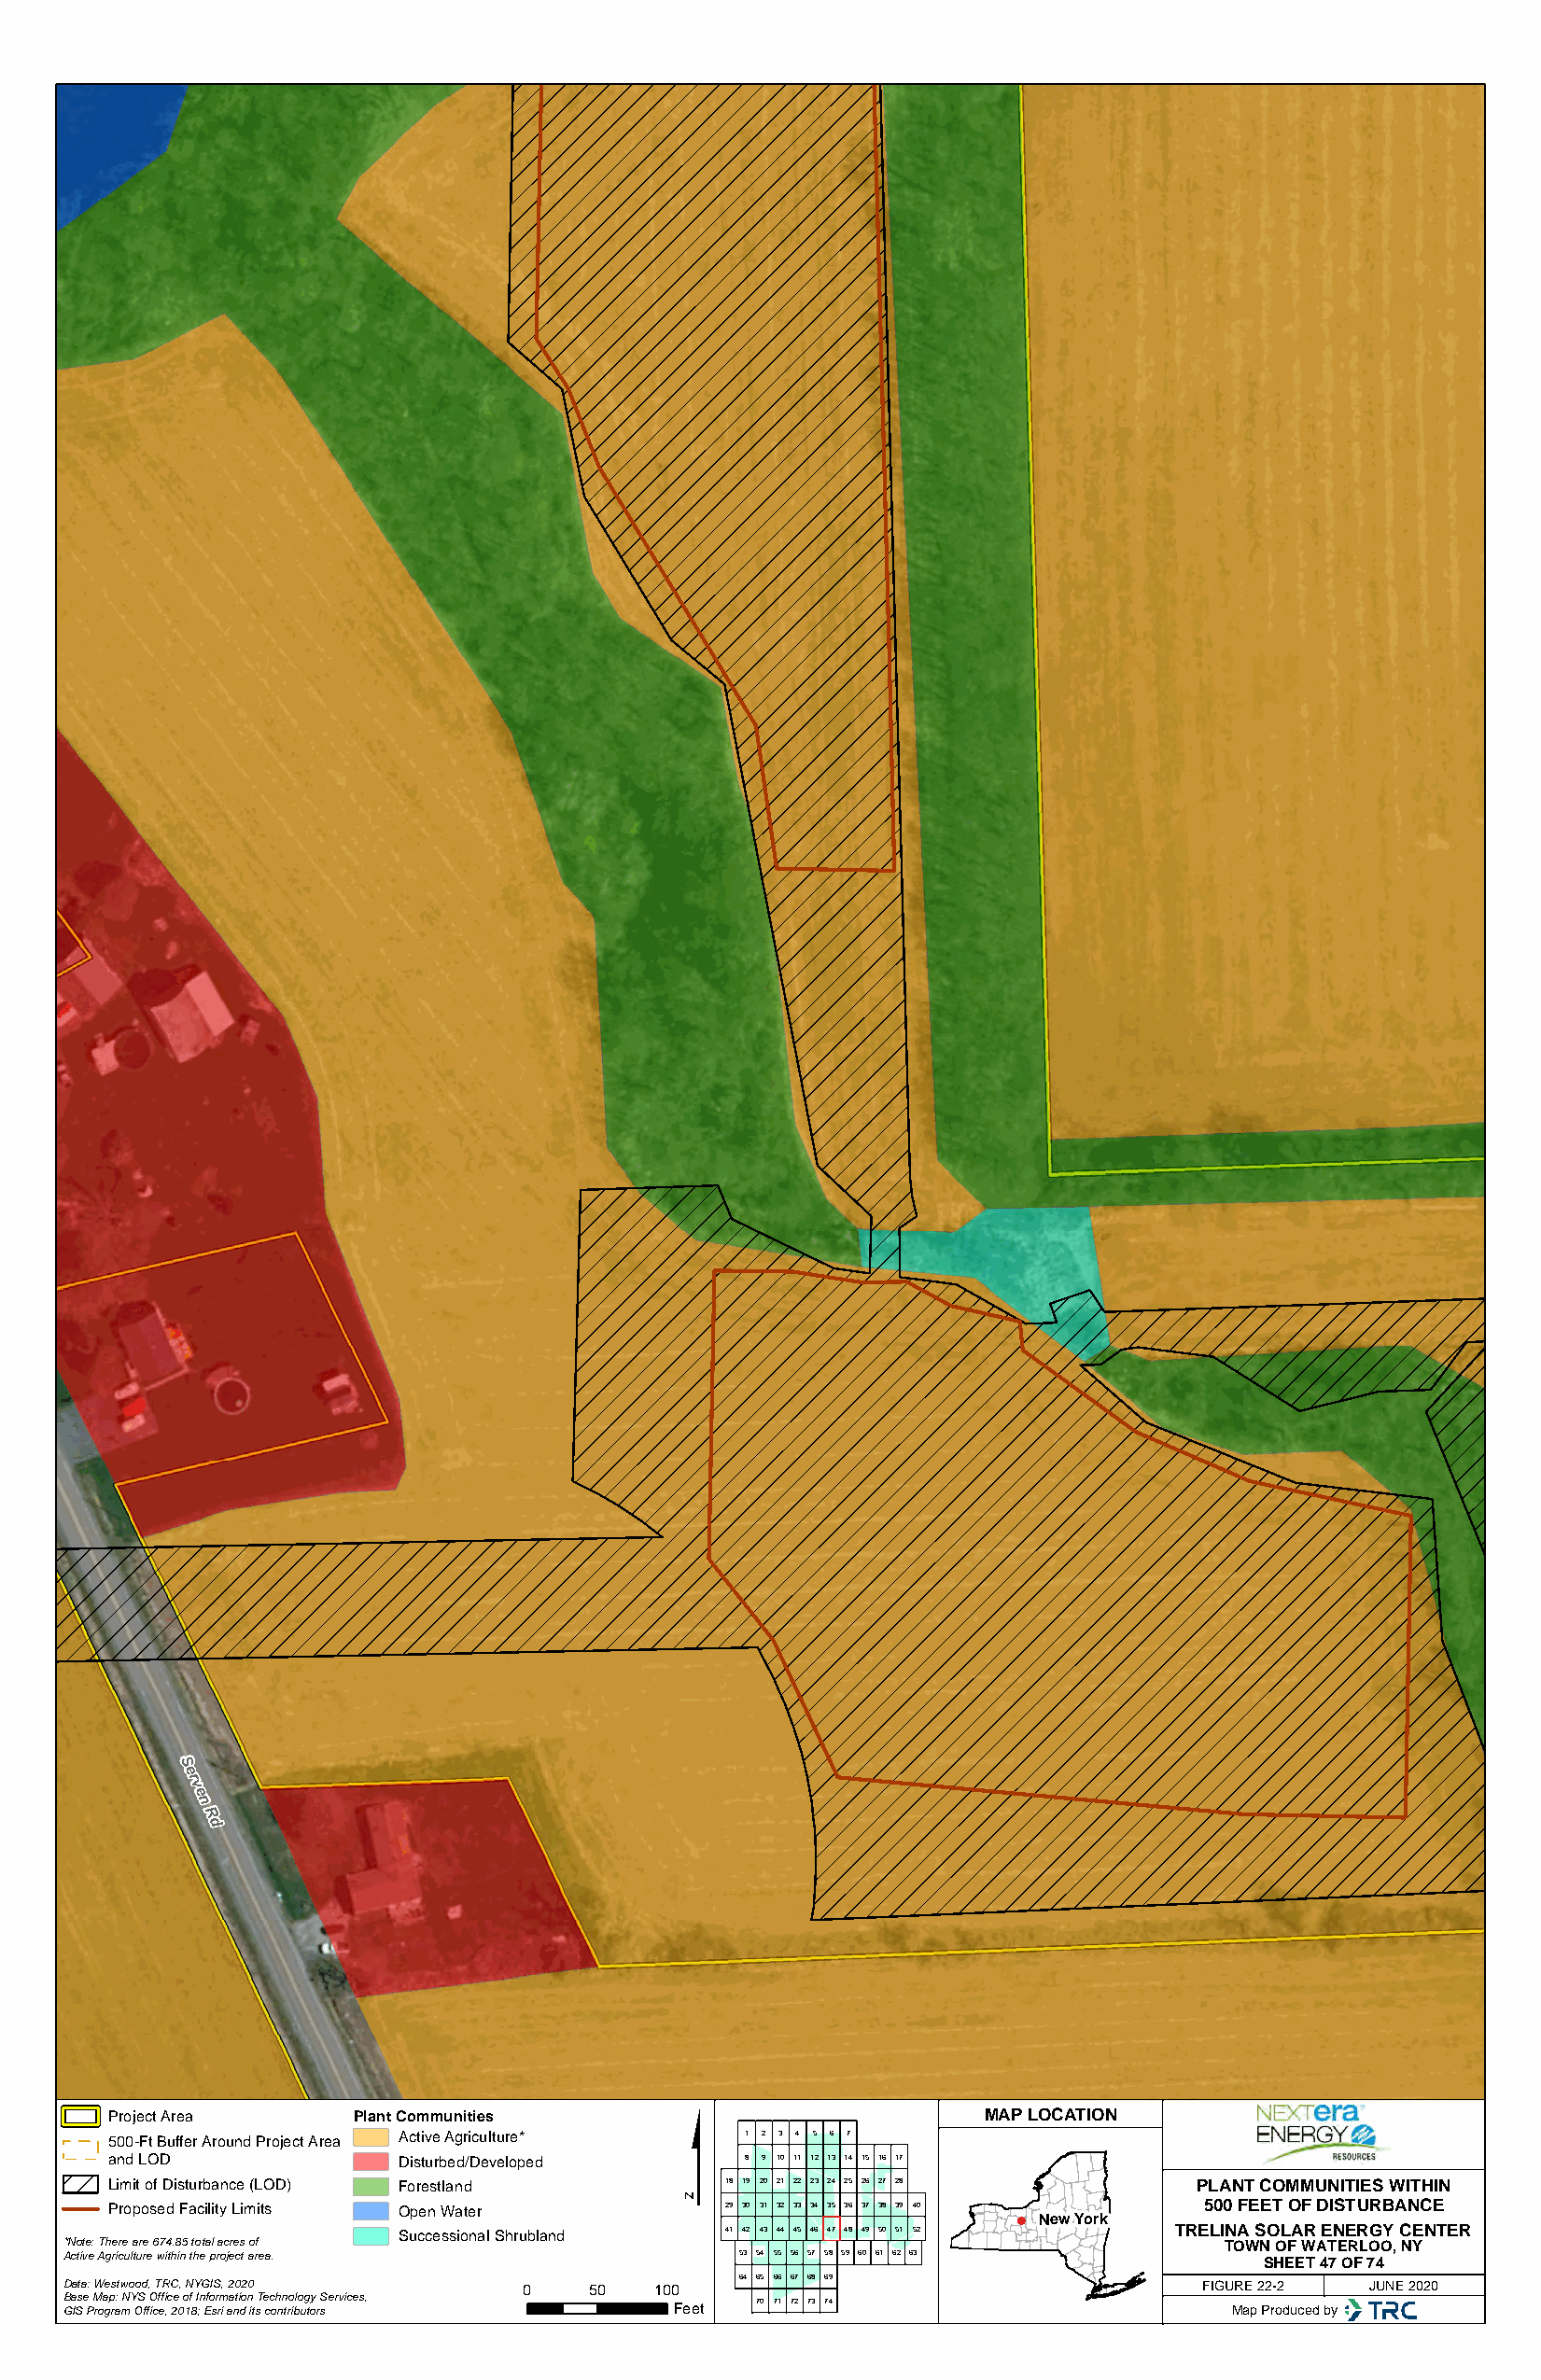
S
 e
 r
 v
 e
 n
 R
 d
 $
 Project Area     Plant Communities                            MAP LOCATION
 500-Ft Buffer Around Project Area Active Agriculture* 1 2 3 4 5 6 7
 and LOD             Disturbed/Developed      8 9 10 11 12 13 14 15 16 17
 Limit of Disturbance (LOD) Forestland      18 19 20 21 22 23 24 25 26 27 28  PLANT COMMUNITIES WITHIN
 Proposed Facility Limits Open Water        29 30 31 32 33 34 35 36 37 38 39 40 500 FEET OF DISTURBANCE
 New York
 Successional Shrubland 41 42 43 44 45 46 47 48 49 50 51 52 TRELINA SOLAR ENERGY CENTER
 *Note: There are 674.85 total acres of                                             TOWN OF WATERLOO, NY
 Active Agriculture within the project area.     53 54 55 56 57 58 59 60 61 62 63
 SHEET 47 OF 74
 64 65 66 67 68 69
 Data: Westwood, TRC, NYGIS, 2020 0    50  100                                    FIGURE 22-2 JUNE 2020
 Base Map: NYS Office of Information Technology Services, 70 71 72 73 74
 GIS Program Office, 2018; Esri and its contributors Feet                           Map Produced by